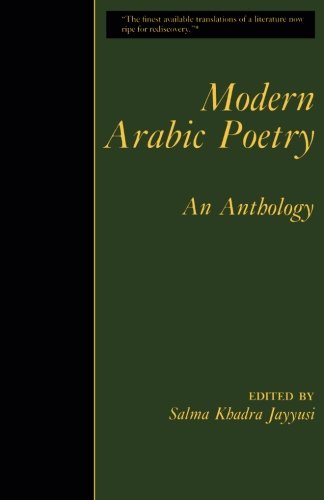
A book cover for Modern Arabic Poetry; Literature & Fiction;